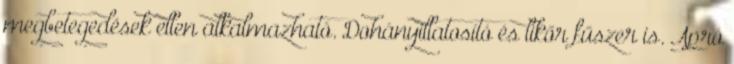
megbetegedések ellen alkalmazható. Dohányillatosító és likőr fűszer is. Apró